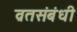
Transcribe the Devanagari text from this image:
व्रतसंबंधी